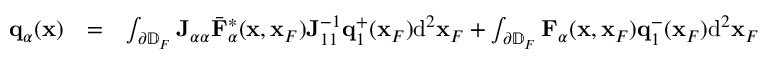
\begin{array} { r l r } { { \bf q } _ { \alpha } ( { \bf x } ) } & { = } & { \int _ { \partial \mathbb { D } _ { F } } { \bf J } _ { \alpha \alpha } { { \bar { \bf F } } } _ { \alpha } ^ { * } ( { \bf x } , { \bf x } _ { F } ) { \bf J } _ { 1 1 } ^ { - 1 } { \bf q } _ { 1 } ^ { + } ( { \bf x } _ { F } ) \mathrm { d } ^ { 2 } { \bf x } _ { F } + \int _ { \partial \mathbb { D } _ { F } } { \bf F } _ { \alpha } ( { \bf x } , { \bf x } _ { F } ) { \bf q } _ { 1 } ^ { - } ( { \bf x } _ { F } ) \mathrm { d } ^ { 2 } { \bf x } _ { F } } \end{array}